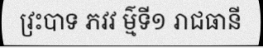
វ្រះបាទ ភវវ ម៌្មទី១ រាជធានី